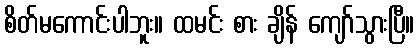
စိတ်မကောင်းပါဘူး။ ထမင်း စား ချိန် ကျော်သွားပြီ။